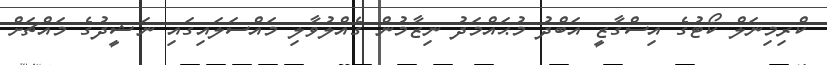
ކްރިމިނަލް ކޯޓުގެ އިސްގާޒީ އަބްދު މުޙައްމަދު ނިޒާމުން ގެއްލުވާލި މައްސަލައިގައި ނަޝީދުގެ މައްޗަށް